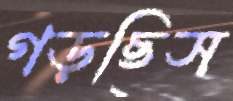
গড়ছিস